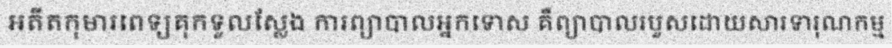
អតីតកុមារពេទ្យគុកទួលស្លែង ការព្យាបាលអ្នកទោស គឺព្យាបាលរបួសដោយសារទារុណកម្ម